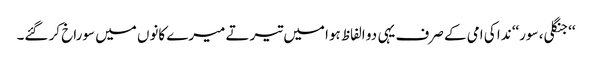
‘‘جنگلی، سور‘‘ ندا کی امی کے صرف یہی دو الفاظ ہوا میں تیرتے میرے کانوں میں سوراخ کر گئے۔